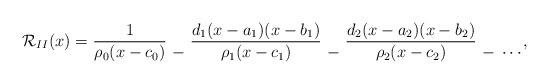
\begin{align*}\mathcal{R}_{II}(x) = \frac{1}{\rho_0(x-c_0)} \mathbin{\genfrac{}{}{0pt}{}{}{-}} \frac{d_1(x-a_1)(x-b_1)}{\rho_1(x-c_1)} \mathbin{\genfrac{}{}{0pt}{}{}{-}} \frac{d_2(x-a_2)(x-b_2)}{\rho_2(x-c_2)} \mathbin{\genfrac{}{}{0pt}{}{}{-}} \mathbin{\genfrac{}{}{0pt}{}{}{\cdots}} ,\end{align*}